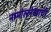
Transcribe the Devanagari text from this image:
नामोल्लेखाची